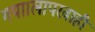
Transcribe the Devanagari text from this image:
गया।लापरवाही